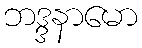
ဘဒ္ဒနာမော